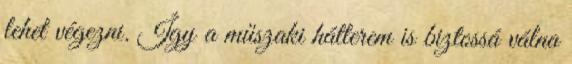
lehet végezni. Így a műszaki hátterem is biztossá válna